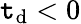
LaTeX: \mathtt{t}_{\mathrm{{d}}}<0